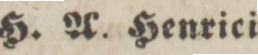
H. A. Henrici.